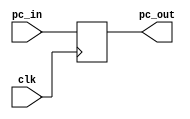
module pc(input wire clk , input wire [31:0] pc_in, output reg [31:0] pc_out);
 
    always @(posedge clk ) begin
     
        pc_out <= pc_in; // output equals input
    end
    
  endmodule